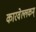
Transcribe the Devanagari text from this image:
कारवेल्लकम्‌